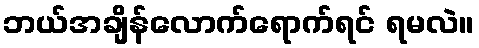
ဘယ်အချိန်လောက်ရောက်ရင် ရမလဲ။